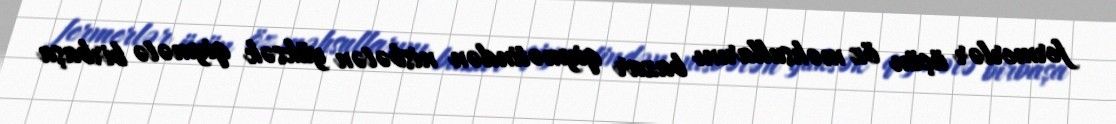
fermerlər üçün öz məhsullarını bazar qiymətindən nisbətən yüksək qiymətə birbaşa